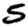
Digit: 5